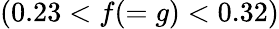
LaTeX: (0.23<f(=g)<0.32)